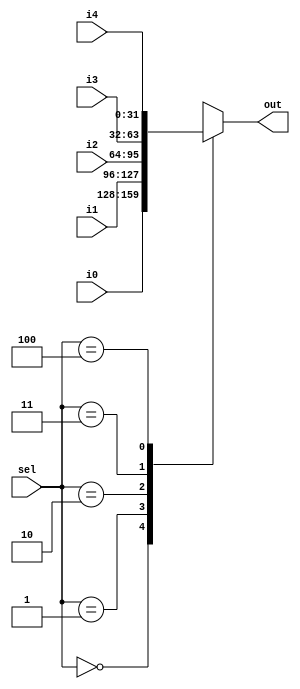
module mux32three(i0,i1,i2,i3,i4,sel,out);
input [31:0] i0,i1,i2,i3,i4;
input [2:0] sel;
output [31:0] out;
reg [31:0] out;

always @ (i0 or i1 or i2 or i3 or i4 or sel)

begin
	case(sel)
	3'b000: out = i0;//tambah
	//tambah1
	3'b001: out = i1;//tolak
	//tolak1
	3'b010: out = i2;//darab
	3'b011: out = i3;//shift kanan
	3'b100: out = i4;//shift kiri
	default: out = 32'bx;
	endcase
end
endmodule